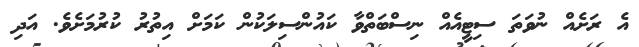
އެ ރަށެއް ނުވަތަ ސިޓީއެއް ނިސްބަތްވާ ކައުންސިލަކުން ކަމަށް އިތުރު ކުރުމަށެވެ. އަދި